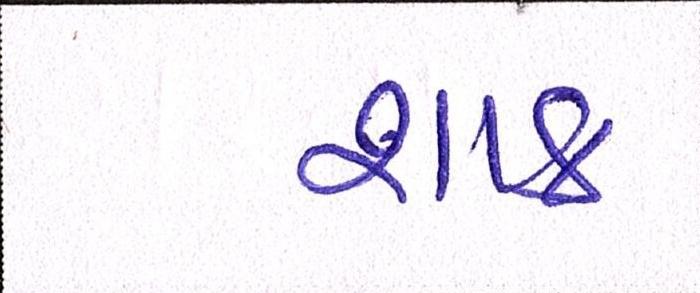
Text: શાક